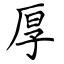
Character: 厚